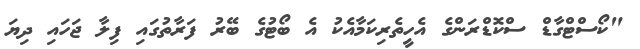
"ކޯސްޓްގާޑް ސްކޮޑްރަންގެ އެހީތެރިކަމާއެކު އެ ބޯޓުގެ ބޭރު ފަރާތުގައި ފިލާ ޖަހައި ދިޔަ